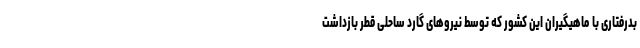
بدرفتاری با ماهیگیران این کشور که توسط نیرو‌های گارد ساحلی قطر بازداشت